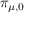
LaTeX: \pi _ { \mu , 0 }